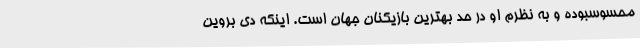
محسوسبوده و به نظرم او در حد بهترین بازیکنان جهان است. اینکه دی بروین